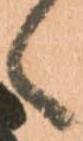
候